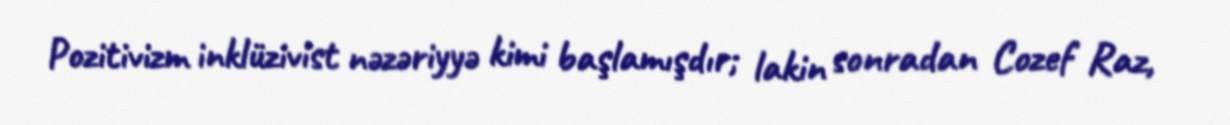
Pozitivizm inklüzivist nəzəriyyə kimi başlamışdır; lakin sonradan Cozef Raz,